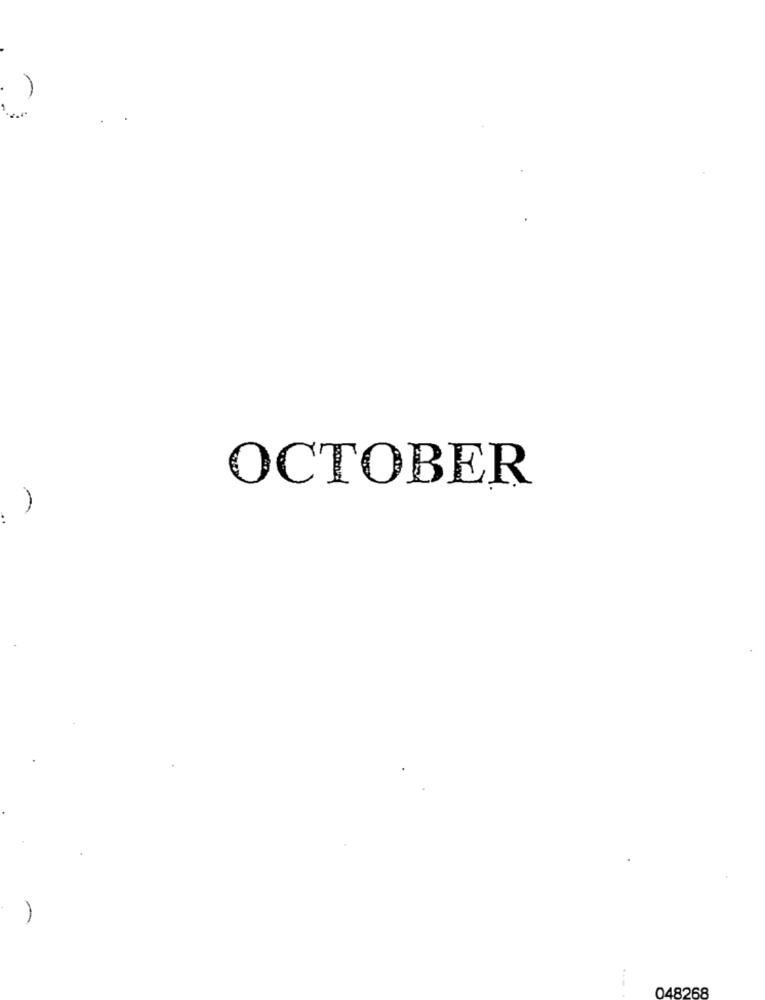
OCTOBER
--
048268